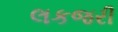
લકજરી